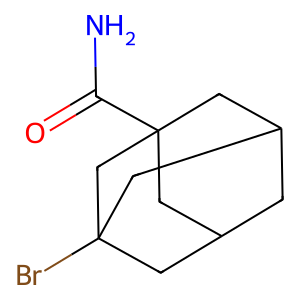
SMILES: NC(=O)C12CC3CC(CC(Br)(C3)C1)C2
Inhibits HIV replication: No